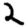
Digit: 2